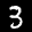
Label: 3